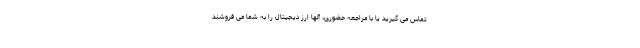
تماس می گیرید یا با مراجعه حضوری، آنها ارز دیجیتال را به شما می فروشند